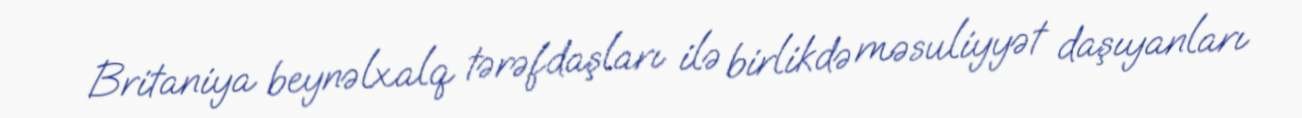
Britaniya beynəlxalq tərəfdaşları ilə birlikdə məsuliyyət daşıyanları